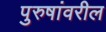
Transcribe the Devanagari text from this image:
पुरुषांवरील